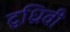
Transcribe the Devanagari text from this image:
द्वध्रिवी